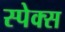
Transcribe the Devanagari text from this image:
स्पेक्स